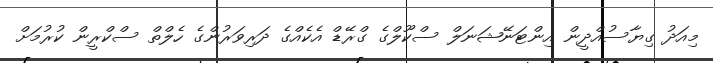
މިއަދު ގިޔާސުއްދީން އިންޓަނޭޝަނަލް ސްކޫލްގެ ގްރޭޑް އެކެއްގެ ދަރިވަރުންގެ ހެލްތް ސްކްރީން ކުރުމަށް